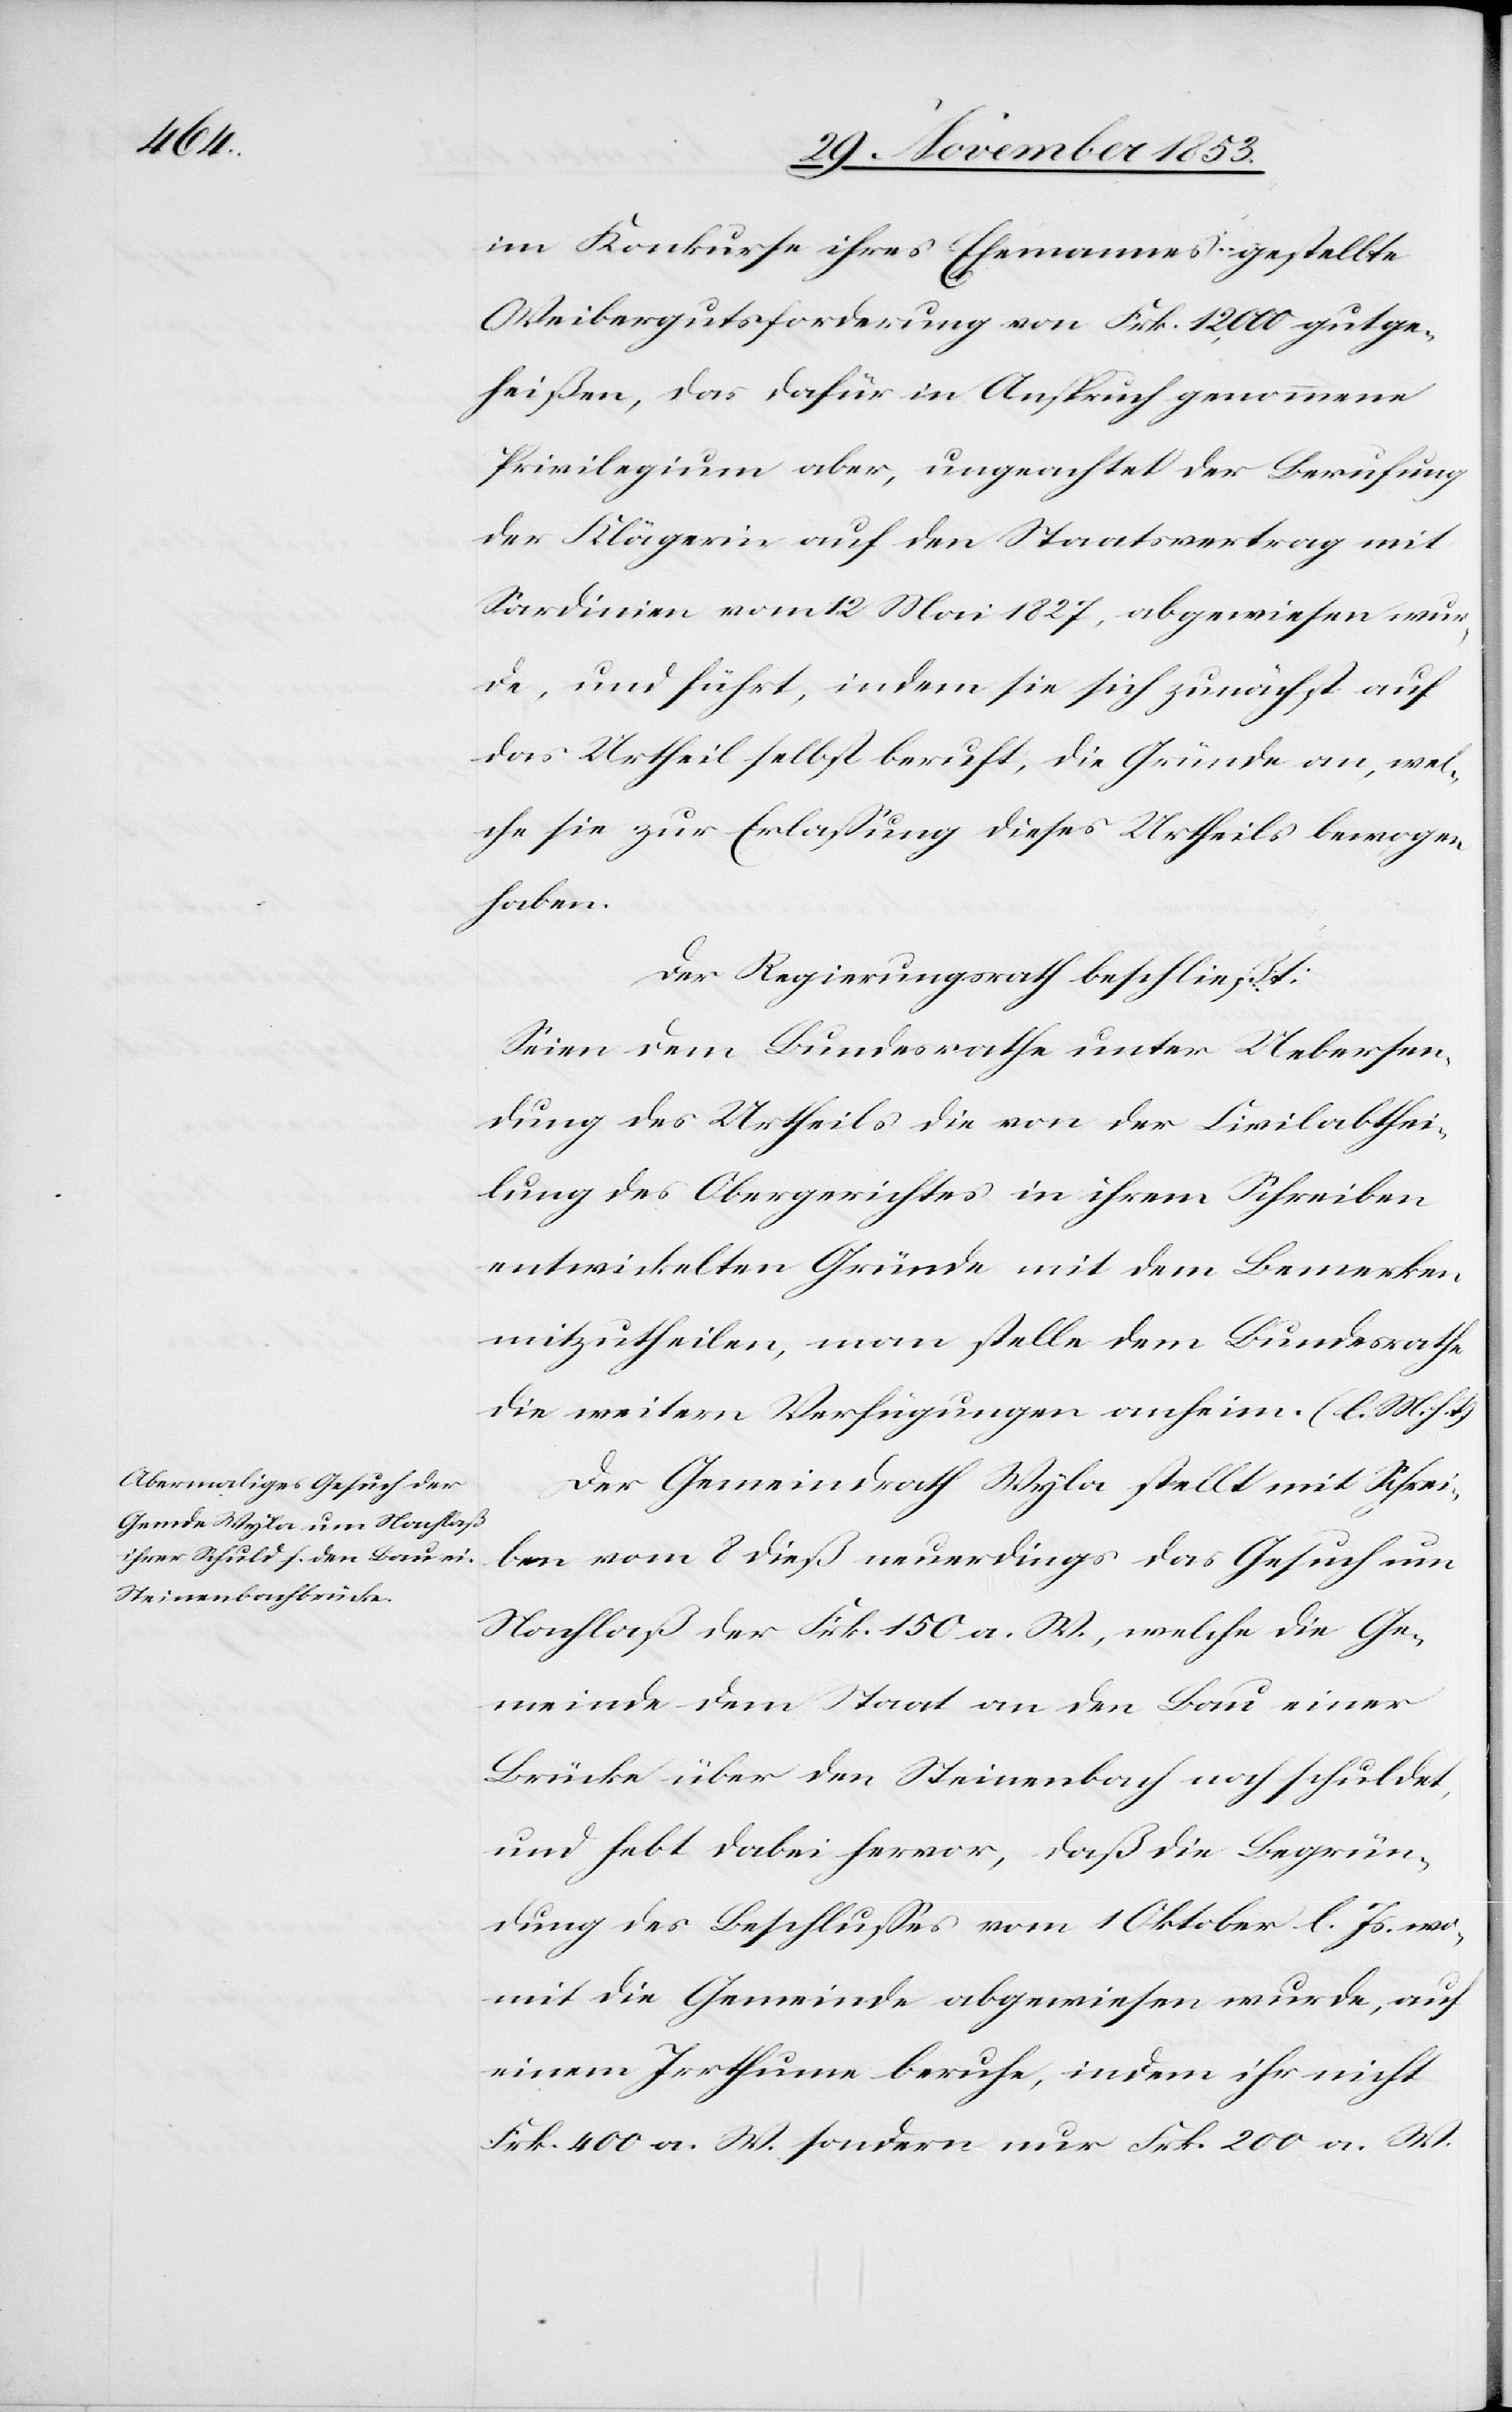
im Konkurse ihres Ehemannes gestellte
Obrigkeitsforderung von Frk. 12,000 gutge¬
heißen, das dafür in Anspruch genommene
Privilegium aber, ungeachtet der Berufung
der Klägerin auf den Staatsvertrag mit
Sardinien vom 12 Mai 1827, abgewiesen wur¬
de, und führt, indem sie sich zunächst, auf
das Urtheil selbst beruft, die Gründe an, wel¬
che sie zur Erlaßung dieses Urtheils bewogen
haben.
Der Regierungsrath beschließt:
Seien dem Bundesrathe unter Uebersen¬
dung des Urtheils die von der Civilabthei¬
lung des Obergerichtes in ihrem Schreiben
entwickelten Gründe mit dem Bemerken
mitzutheilen, man stelle dem Bundesrathe
die weitern Verfügungen anheim. [l. M. h.
Der Gemeindrath Wyla stellt mit Schrei¬
ben vom 8 dieß neuerdings das Gesuch um
Nachlaß der Frk. 150 a. W., welche die Ge¬
meinde dem Staat an den Bau einer
Brücke über den Steinenbach noch schuldet,
und hebt dabei hervor, daß die Begrün¬
dung des Beschlußes vom 1 Oktober l. Js. wo¬
mit die Gemeinde abgewiesen wurde, auf
einen Irrthum berufe, indem ihr nicht
Frk. 400 a. W. sondern nur Frk. 200 a. W.